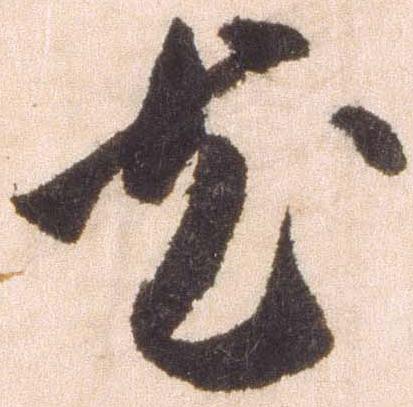
尤